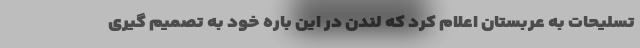
تسلیحات به عربستان اعلام کرد که لندن در این باره خود به تصمیم گیری